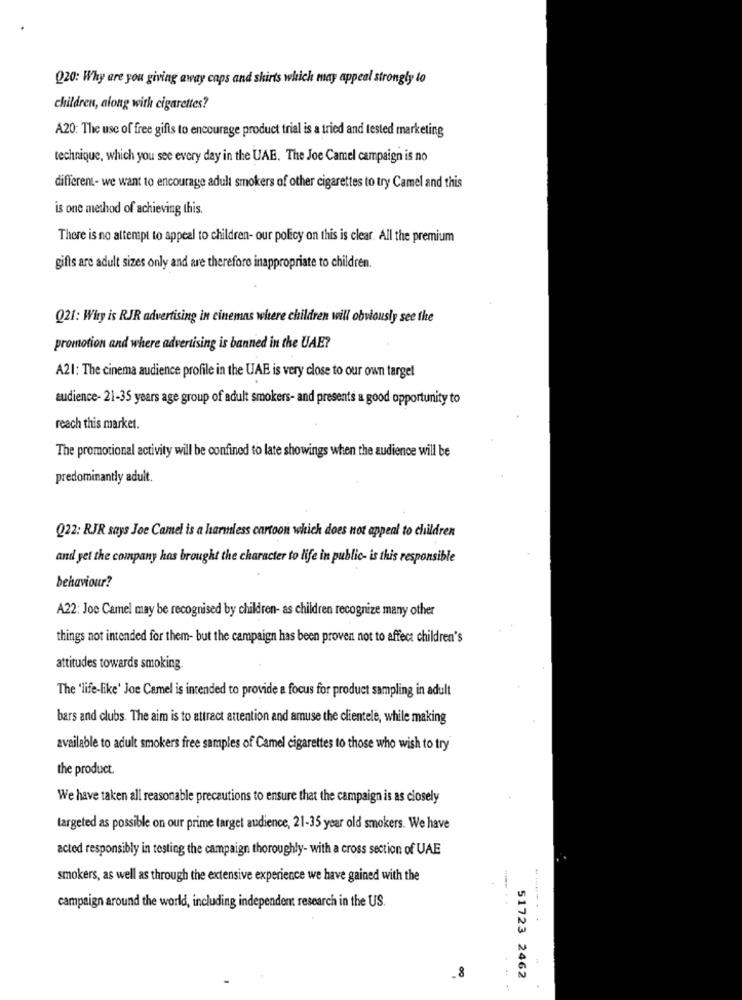
Q20: Why are you giving away caps and shirts which may appeal strongly lo
children, along with cigarettes?
A20: The use of free gifts to encourage product trial is a tried and tested marketing
technique, which you see every day in the UAE. The Joe Camel campaign is no
different- we want to encourage adult smokers of other cigarettes to try Camel and this
is one method of achieving this.
There is no attempt to appeal to children- our policy on this is clear. All the premium
gifts are adult sizes only and are therefore inappropriate to children.
Q21: Why is RJR advertising in cinemas where children will obviously see the
promotion and where advertising is banned in the UAE?
A21: The cinema audience profile in the UAE is very close to our own target
audience- 21-35 years age group of adult smokers- and presents a good opportunity to
reach this market.
The promotional activity will be confined to late showings when the audience will be
predominantly adult.
Q22: RJR says Joe Camel is a harmless cartoon which does not appeal to children
and yet the company has brought the character to life in public- is this responsible
behaviour?
A22: Joe Camel may be recognised by children- as children recognize many other
things not intended for them- but the campaign has been proven not to affect children's
attitudes towards smoking.
The 'life-like' Joe Camel is intended to provide a focus for product sampling in adult
bars and clubs. The aim is to attract attention and amuse the clientele, while making
available to adult smokers free samples of Camel cigarettes to those who wish to try
the product.
We have taken all reasonable precautions to ensure that the campaign is as closely
targeted as possible on our prime target audience, 21-35 year old smokers. We have
acted responsibly in testing the campaign thoroughly- with a cross section of UAE
smokers, as well as through the extensive experience we have gained with the
campaign around the world, including independent research in the US.
.8
51723 2462